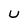
Character: U